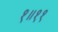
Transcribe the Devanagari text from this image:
१॥११